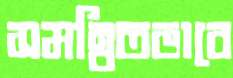
সমন্বিতভাবে